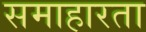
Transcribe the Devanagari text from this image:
समाहारता